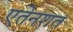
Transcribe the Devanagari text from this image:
एतेनशत